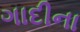
ગાદીના